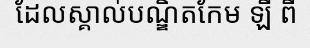
ដែលស្គាល់បណ្ឌិតកែម ឡី ពី